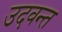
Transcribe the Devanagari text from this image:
उदवन्त